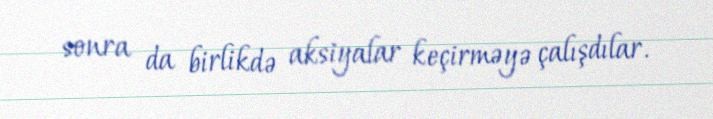
sonra da birlikdə aksiyalar keçirməyə çalışdılar.